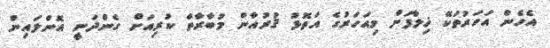
އެހެން އަހަރުތަކޭ ޚިލާފަށް މިއަހަރުގެ އަތޮޅު ޤުރުއާން މުބާރާތް ކުރިއަށް ގެންދަނީ އޮންލައިން